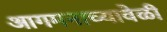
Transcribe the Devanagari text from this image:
आगमनाच्यावेळी